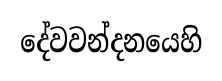
දේවවන්දනයෙහි